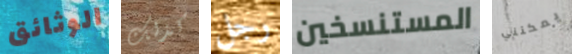
الوثائق كذلك رجل المستنسخين يمكنني